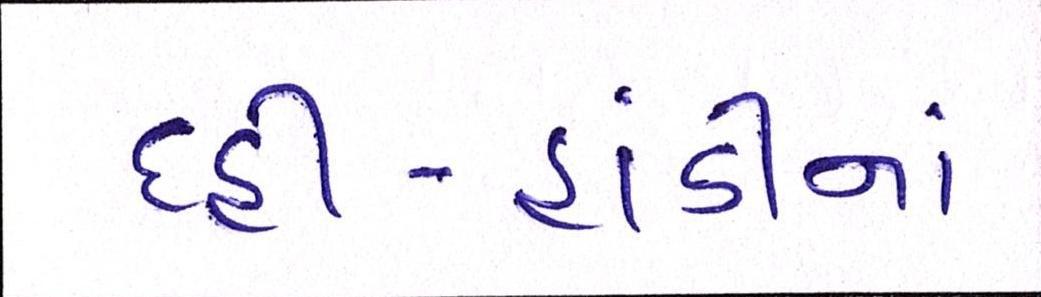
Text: દહીં-હાંડીનાં